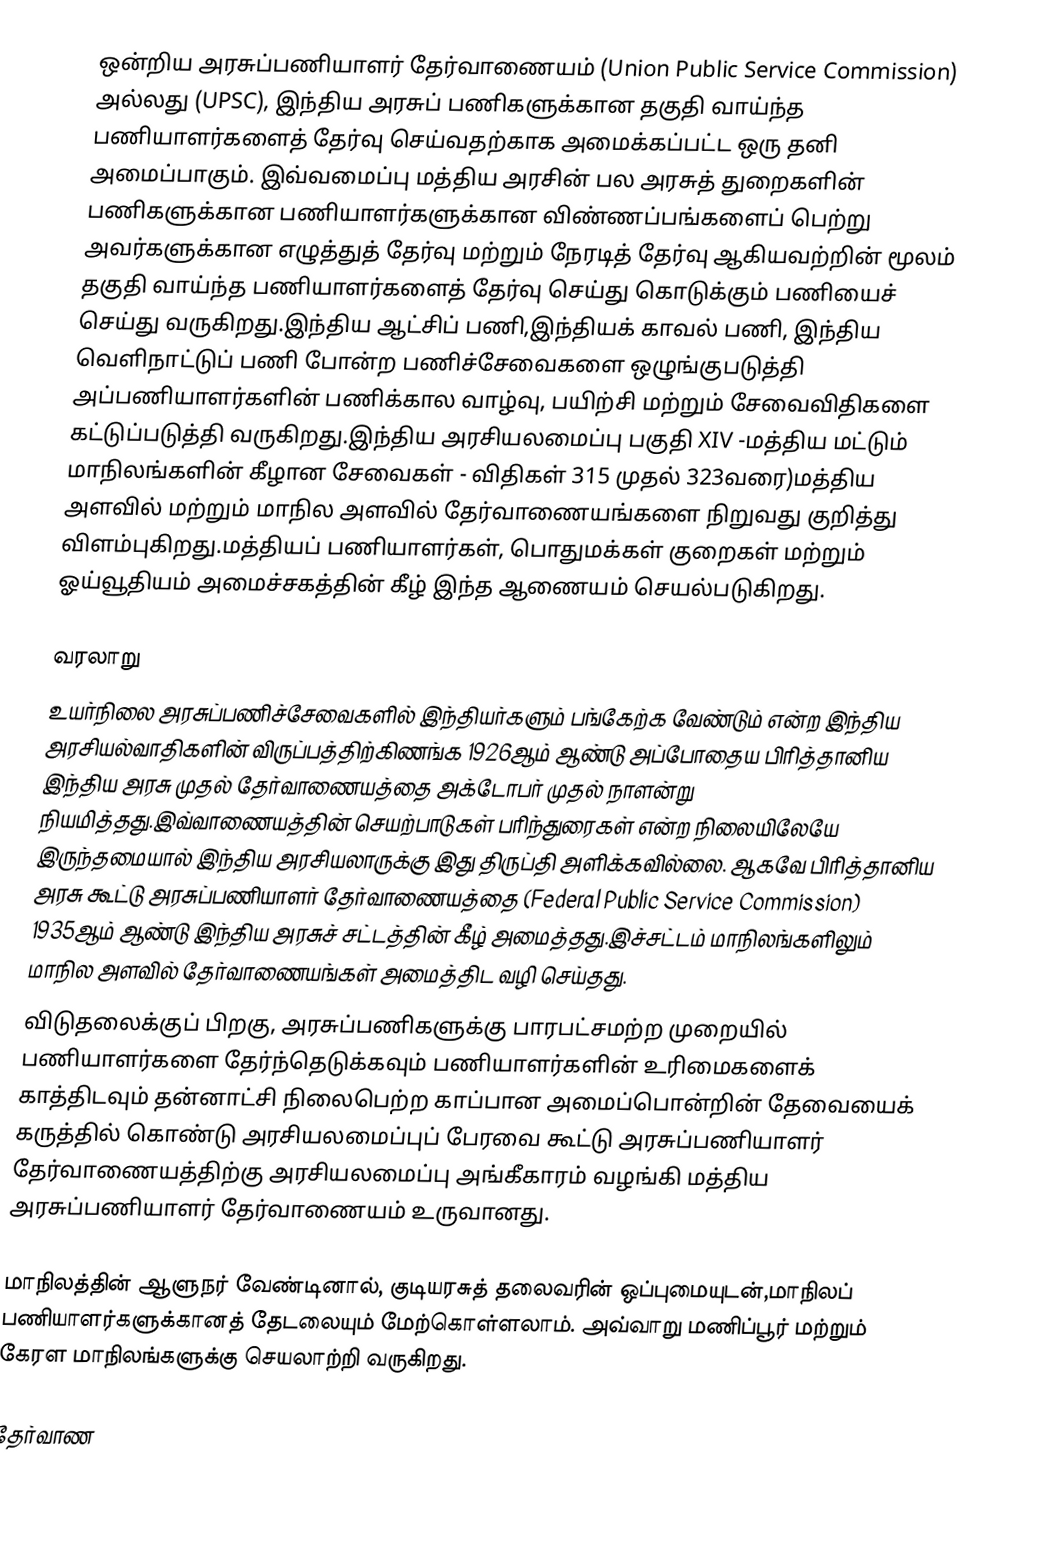
ஒன்றிய அரசுப்பணியாளர் தேர்வாணையம் (Union Public Service Commission) அல்லது (UPSC), இந்திய அரசுப்   பணிகளுக்கான தகுதி வாய்ந்த பணியாளர்களைத் தேர்வு செய்வதற்காக  அமைக்கப்பட்ட  ஒரு தனி அமைப்பாகும். இவ்வமைப்பு மத்திய அரசின் பல அரசுத்  துறைகளின்  பணிகளுக்கான பணியாளர்களுக்கான விண்ணப்பங்களைப் பெற்று  அவர்களுக்கான  எழுத்துத் தேர்வு மற்றும் நேரடித் தேர்வு ஆகியவற்றின் மூலம்  தகுதி வாய்ந்த  பணியாளர்களைத் தேர்வு செய்து கொடுக்கும் பணியைச் செய்து  வருகிறது.இந்திய ஆட்சிப் பணி,இந்தியக் காவல் பணி, இந்திய வெளிநாட்டுப் பணி  போன்ற பணிச்சேவைகளை ஒழுங்குபடுத்தி அப்பணியாளர்களின் பணிக்கால வாழ்வு,  பயிற்சி மற்றும் சேவைவிதிகளை கட்டுப்படுத்தி வருகிறது.இந்திய அரசியலமைப்பு பகுதி XIV  -மத்திய மட்டும் மாநிலங்களின் கீழான சேவைகள் - விதிகள் 315 முதல் 323வரை)மத்திய அளவில் மற்றும் மாநில அளவில் தேர்வாணையங்களை நிறுவது குறித்து விளம்புகிறது.மத்தியப் பணியாளர்கள், பொதுமக்கள் குறைகள் மற்றும் ஓய்வூதியம் அமைச்சகத்தின் கீழ் இந்த ஆணையம்  செயல்படுகிறது.

வரலாறு
உயர்நிலை அரசுப்பணிச்சேவைகளில் இந்தியர்களும் பங்கேற்க வேண்டும் என்ற இந்திய அரசியல்வாதிகளின் விருப்பத்திற்கிணங்க 1926ஆம் ஆண்டு அப்போதைய பிரித்தானிய இந்திய அரசு முதல் தேர்வாணையத்தை அக்டோபர் முதல் நாளன்று நியமித்தது.இவ்வாணையத்தின் செயற்பாடுகள் பரிந்துரைகள் என்ற நிலையிலேயே இருந்தமையால் இந்திய அரசியலாருக்கு இது திருப்தி அளிக்கவில்லை. ஆகவே பிரித்தானிய அரசு கூட்டு அரசுப்பணியாளர் தேர்வாணையத்தை (Federal Public Service Commission) 1935ஆம் ஆண்டு இந்திய அரசுச் சட்டத்தின் கீழ் அமைத்தது.இச்சட்டம் மாநிலங்களிலும் மாநில அளவில் தேர்வாணையங்கள் அமைத்திட வழி செய்தது.
விடுதலைக்குப் பிறகு, அரசுப்பணிகளுக்கு பாரபட்சமற்ற முறையில் பணியாளர்களை தேர்ந்தெடுக்கவும் பணியாளர்களின் உரிமைகளைக் காத்திடவும் தன்னாட்சி நிலைபெற்ற காப்பான அமைப்பொன்றின் தேவையைக் கருத்தில் கொண்டு அரசியலமைப்புப் பேரவை கூட்டு அரசுப்பணியாளர் தேர்வாணையத்திற்கு அரசியலமைப்பு அங்கீகாரம் வழங்கி மத்திய அரசுப்பணியாளர் தேர்வாணையம் உருவானது.

மாநிலத்தின் ஆளுநர் வேண்டினால், குடியரசுத் தலைவரின் ஒப்புமையுடன்,மாநிலப் பணியாளர்களுக்கானத் தேடலையும் மேற்கொள்ளலாம். அவ்வாறு மணிப்பூர் மற்றும் கேரள மாநிலங்களுக்கு செயலாற்றி வருகிறது.

தேர்வாண